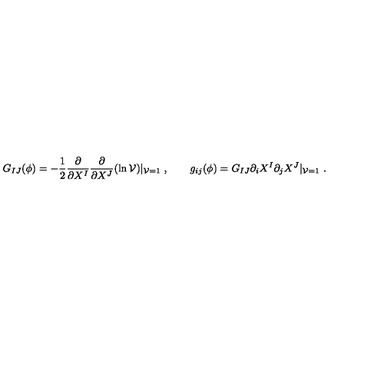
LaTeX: G _ { I J } ( \phi ) = - { \frac { 1 } { 2 } } { \frac { \partial } { \partial X ^ { I } } } { \frac { \partial } { \partial X ^ { J } } } ( \ln { \cal V } ) | _ { { \cal V } = 1 } \ , \qquad g _ { i j } ( \phi ) = G _ { I J } \partial _ { i } X ^ { I } \partial _ { j } X ^ { J } | _ { { \cal V } = 1 } \ .